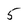
Character: 5